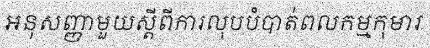
អនុសញ្ញាមួយស្តីពីការលុបបំបាត់ពលកម្មកុមារ